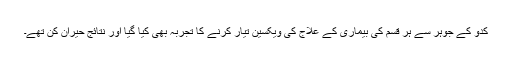
کدّو کے جوہر سے ہر قسم کی بیماری کے علاج کی ویکسین تیار کرنے کا تجربہ بھی کیا گیا اور نتائج حیران کن تھے۔